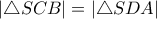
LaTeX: | \triangle S C B | = | \triangle S D A |